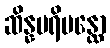
ဆိန္နပရိပန္ထော